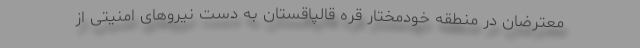
معترضان در منطقه خودمختار قره قالپاقستان به دست نیروهای امنیتی از